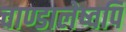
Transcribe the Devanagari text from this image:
चाण्डालेष्वपि